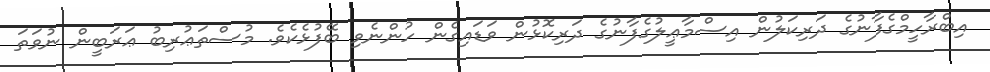
އިބްރާހީމްގެފާނުގެ ދަރިކަލުން އިސްމާޢީލުގެފާނުގެ ދަރިކޮޅުން ވަޑައިގެން ހުންނެވި ބޭފުޅެކެވެ. މުސްތަޢުރިބު ޢަރަބީން ނުވަތަ